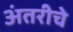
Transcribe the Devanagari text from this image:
अंतरीचे